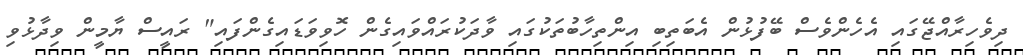
ދިވެހިރާއްޖޭގައި އެހެންވެސް ބޭފުޅުން އެބަތިބި އިންތިހާބުތަކުގައި ވާދަކުރައްވައިގެން ހޮވިވަޑައިގެންފައި" ރައީސް ޔާމީން ވިދާޅުވި